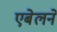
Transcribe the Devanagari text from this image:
एबेलने